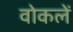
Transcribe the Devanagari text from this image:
वोकलें